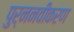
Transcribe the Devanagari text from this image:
पुर्ननवीकरण